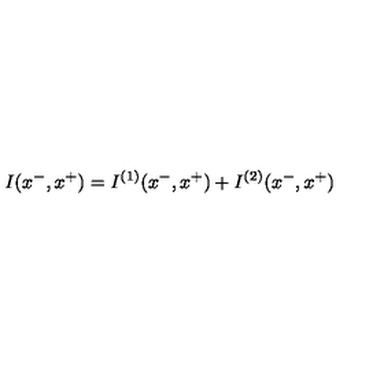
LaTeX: I ( x ^ { - } , x ^ { + } ) = I ^ { ( 1 ) } ( x ^ { - } , x ^ { + } ) + I ^ { ( 2 ) } ( x ^ { - } , x ^ { + } )